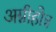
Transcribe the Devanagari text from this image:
अग्नीहोत्र